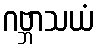
ဂဗ္ဘာသယံ